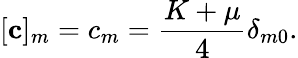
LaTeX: [\textbf{c}]_{m}=c_{m}=\frac{K+\mu}{4}\delta_{m0}.